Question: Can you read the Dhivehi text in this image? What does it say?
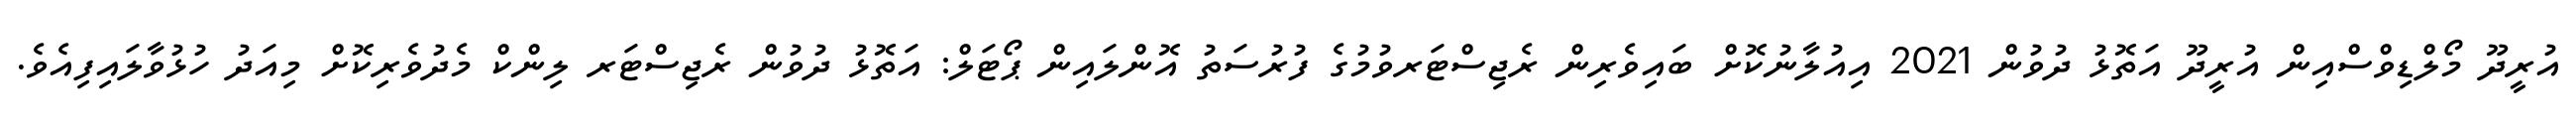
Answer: އުރީދޫ މޯލްޑިވްސްއިން އުރީދޫ އަތޮޅު ދުވުން 2021 އިއުލާނުކޮށް ބައިވެރިން ރެޖިސްޓަރވުމުގެ ފުރުސަތު އޮންލައިން ޕޯޓަލް: އަތޮޅު ދުވުން ރެޖިސްޓަރ ލިންކް މެދުވެރިކޮށް މިއަދު ހުޅުވާލައިފިއެވެ.